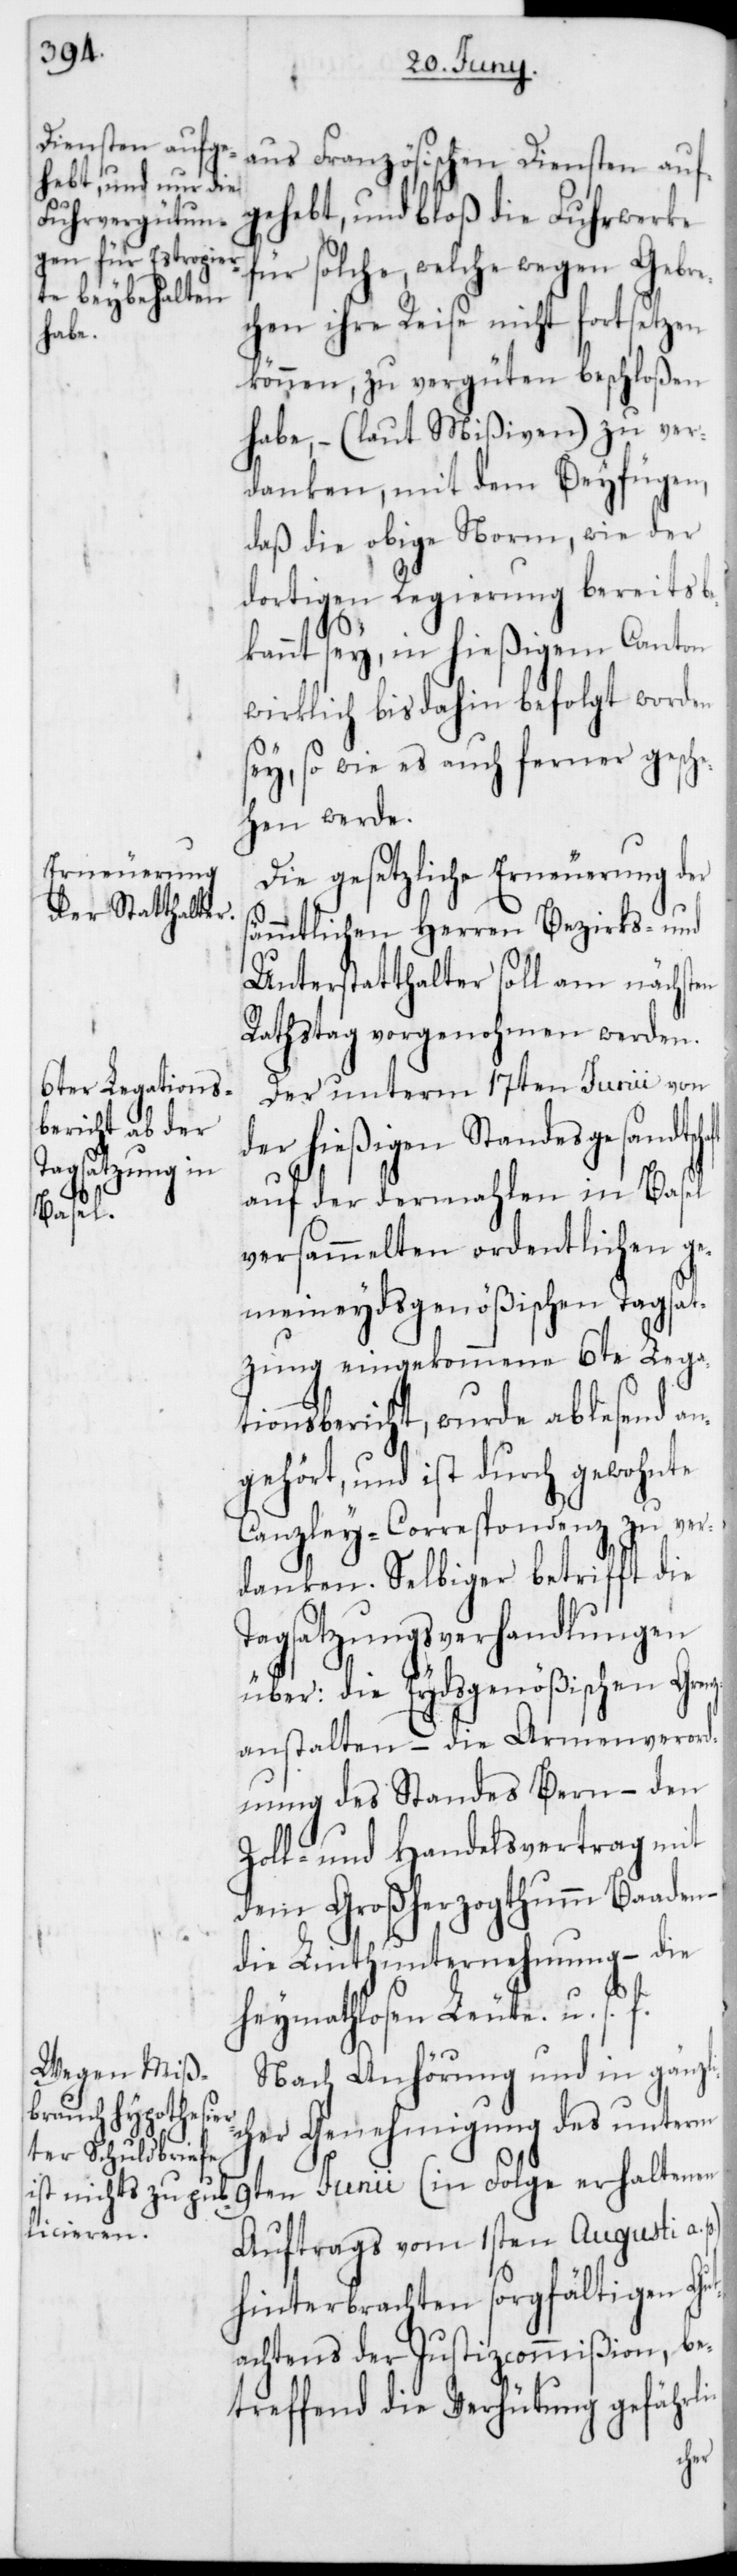
gehebt, und bloß die Fuhrwerke
für solche, welche wegen Gebre¬
chen ihre Reise nicht fortsetzen
können, zu vergüten beschloßen
habe, – (laut Mißiven) zu ver¬
danken, mit dem Beyfügen,
daß die obige Norm, wie der
dortigen Regierung bereits b¬
ekannt sey, in hießigem Canton
wirklich bis dahin befolgt worden
sey, so wie es auch ferner gesch¬
ehen werde.
Die gesetzliche Erneuerung der
sämmtlichen Herren Bezirks- und
Unterstatthalter soll am nächsten
Rathstag vorgenohmen werden.
Der unterm 17ten Junii von
der hießigen Standesgesandtsc¬
auf der dermahlen in Basel
haft
versammelten ordentlichen ge¬
meineydsgenößischen Tagsat¬
zung eingekommene 6te Lega¬
tionsbericht, wurde ablesend an¬
gehört und ist durch gewohnte
Canzley-Correspondenz zu ver¬
danken. Selbiger betrifft die
Tagsatzungsverhandlungen
über: die Eydsgenößischen Gren¬
zanstalten – die Armenverord¬
nung des Standes Bern – den
Zoll- und Handelsvertrag mit
dem Großherzogthumm Baaden
die Linthunternehmung – die
heymathlosen Leute u. s.
Nach Anhörung und in gänzl¬
her Genehmigung des unterm
9ten Junii (in Folge erhaltenen
Auftrags vom 1sten Augusti a.
hinterbrachten sorgfältigen Gut¬
achtens der Justizcommißion, be¬
treffend die Verhütung gefährli-
ic¬